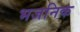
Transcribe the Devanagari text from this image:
भजनिक